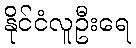
နိုင်ငံလူဦးရေ